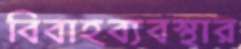
বিবাহব্যবস্থার